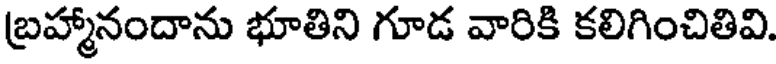
బ్రహ్మానందాను భూతిని గూడ వారికి కలిగించితివి.